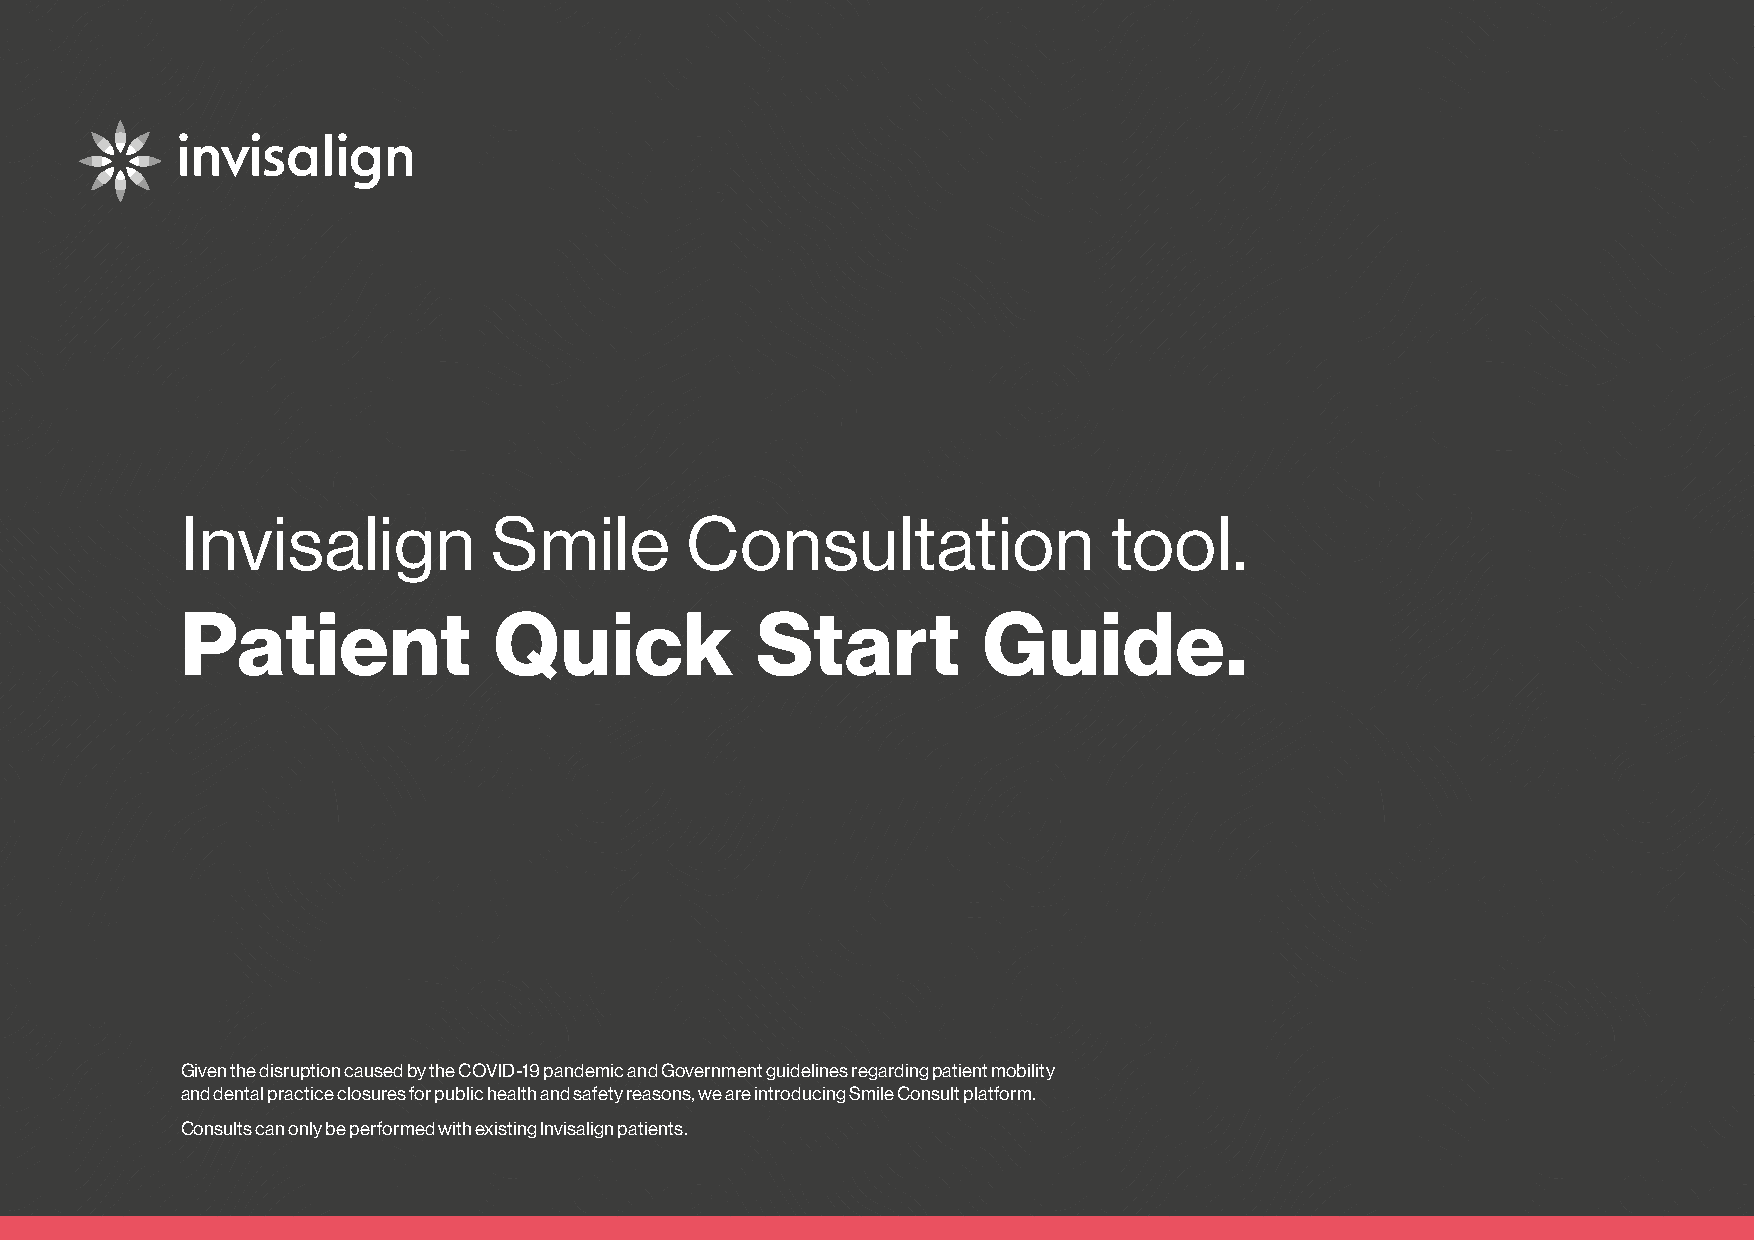
Invisalign           Smile       Consultation                tool.
 Patient              Quick            Start          Guide.
 Given the disruption caused by the COVID-19 pandemic and Government guidelines regarding patient mobility
 and dental practice closures for public health and safety reasons, we are introducing Smile Consult platform.
 Consults can only be performed with existing Invisalign patients.